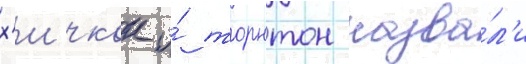
х'ичкок и́ торнтон назва́л'и